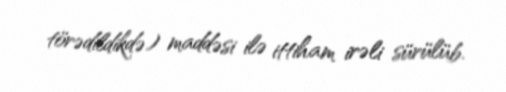
törədildikdə) maddəsi ilə ittiham irəli sürülüb.